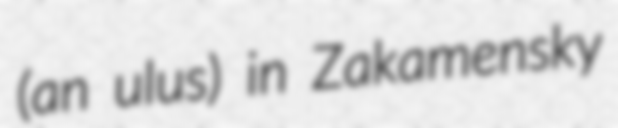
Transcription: (an ulus) in Zakamensky